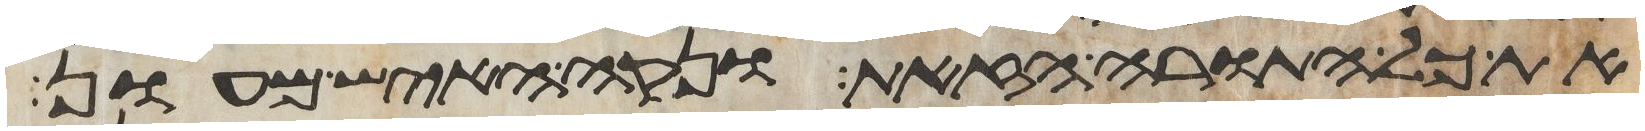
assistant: את כל התורה הזאת ונקה האיש מעון